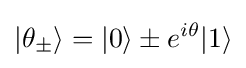
|\theta _{\pm }\rangle =|0\rangle \pm e^{i\theta }|1\rangle